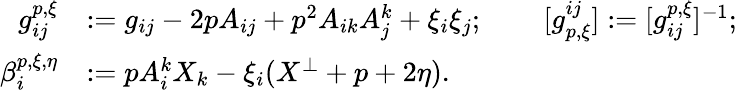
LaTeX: \begin{array}{rlrl}{g_{ij}^{p,\xi}}&{:=g_{ij}-2pA_{ij}+p^{2}A_{ik}A_{j}^{k}+\xi_{i}\xi_{j};}&{\ }&{[g_{p,\xi}^{ij}]:=[g_{ij}^{p,\xi}]^{-1};}\\ {\beta_{i}^{p,\xi,\eta}}&{:=pA_{i}^{k}X_{k}-\xi_{i}(X^{\perp}+p+2\eta).}\end{array}